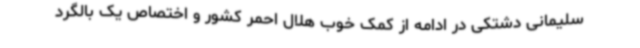
سلیمانی دشتکی در ادامه از کمک خوب هلال احمر کشور و اختصاص یک بالگرد